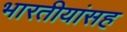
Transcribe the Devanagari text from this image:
भारतीयांसह